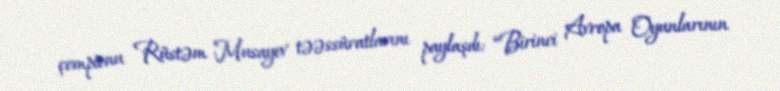
çempionu Rüstəm Musayev təəssüratlarını paylaşdı: “Birinci Avropa Oyunlarının